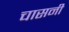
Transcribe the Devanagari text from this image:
चासनी